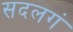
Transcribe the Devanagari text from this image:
सदलगं